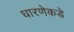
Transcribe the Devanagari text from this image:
धारणेकडे